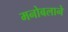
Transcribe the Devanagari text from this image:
मनोबलाने